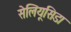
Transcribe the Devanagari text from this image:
सेलियूसिडा